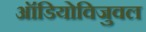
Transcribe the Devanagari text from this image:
ऑडियोविजुवल